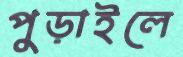
পুড়াইলে